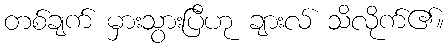
တစ်ချက် မှားသွားပြီဟု ချားလ် သိလိုက်၏။